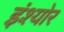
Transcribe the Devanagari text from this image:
इंश्योर